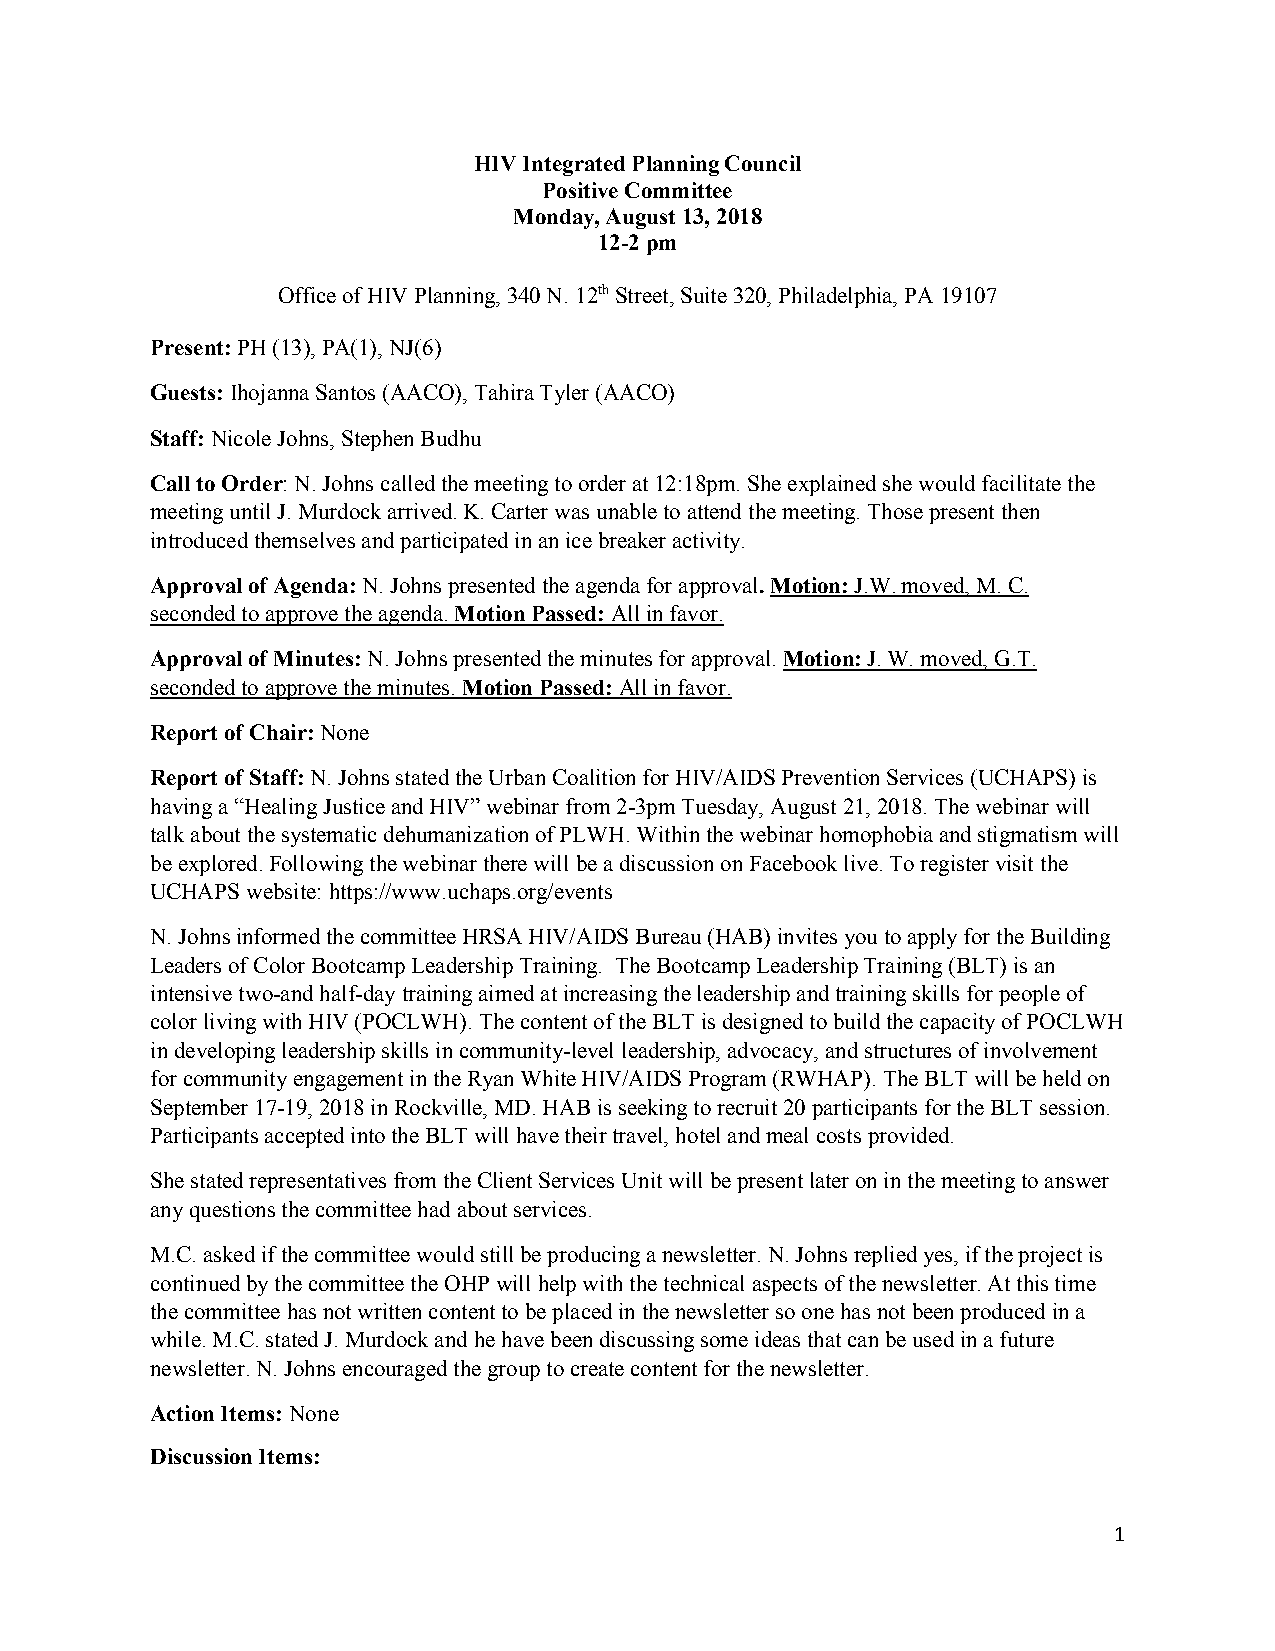
HIV Integrated Planning Council
 Positive Committee
 Monday, August 13, 2018
 12-2 pm
 Office of HIV Planning, 340 N. 12th Street, Suite 320, Philadelphia, PA 19107
 Present: PH (13), PA(1), NJ(6)
 Guests: Ihojanna Santos (AACO), Tahira Tyler (AACO)
 Staff: Nicole Johns, Stephen Budhu
 Call to Order: N. Johns called the meeting to order at 12:18pm. She explained she would facilitate the
 meeting until J. Murdock arrived. K. Carter was unable to attend the meeting. Those present then
 introduced themselves and participated in an ice breaker activity.
 Approval of Agenda: N. Johns presented the agenda for approval. Motion: J.W. moved, M. C.
 seconded to approve the agenda. Motion Passed: All in favor.
 Approval of Minutes: N. Johns presented the minutes for approval. Motion: J. W. moved, G.T.
 seconded to approve the minutes. Motion Passed: All in favor.
 Report of Chair: None
 Report of Staff: N. Johns stated the Urban Coalition for HIV/AIDS Prevention Services (UCHAPS) is
 having a “Healing Justice and HIV” webinar from 2-3pm Tuesday, August 21, 2018. The webinar will
 talk about the systematic dehumanization of PLWH. Within the webinar homophobia and stigmatism will
 be explored. Following the webinar there will be a discussion on Facebook live. To register visit the
 UCHAPS website: https://www.uchaps.org/events
 N. Johns informed the committee HRSA HIV/AIDS Bureau (HAB) invites you to apply for the Building
 Leaders of Color Bootcamp Leadership Training. The Bootcamp Leadership Training (BLT) is an
 intensive two-and half-day training aimed at increasing the leadership and training skills for people of
 color living with HIV (POCLWH). The content of the BLT is designed to build the capacity of POCLWH
 in developing leadership skills in community-level leadership, advocacy, and structures of involvement
 for community engagement in the Ryan White HIV/AIDS Program (RWHAP). The BLT will be held on
 September 17-19, 2018 in Rockville, MD. HAB is seeking to recruit 20 participants for the BLT session.
 Participants accepted into the BLT will have their travel, hotel and meal costs provided.
 She stated representatives from the Client Services Unit will be present later on in the meeting to answer
 any questions the committee had about services.
 M.C. asked if the committee would still be producing a newsletter. N. Johns replied yes, if the project is
 continued by the committee the OHP will help with the technical aspects of the newsletter. At this time
 the committee has not written content to be placed in the newsletter so one has not been produced in a
 while. M.C. stated J. Murdock and he have been discussing some ideas that can be used in a future
 newsletter. N. Johns encouraged the group to create content for the newsletter.
 Action Items: None
 Discussion Items:
 1